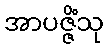
အာပဇ္ဇိံသု